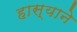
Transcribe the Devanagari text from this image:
हास्याने